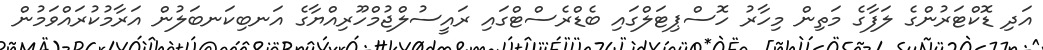
އަދި ޑޮކްޓަރުންގެ ލަފާގެ މަތިން މިހާރު ހޮސްޕިޓަލްގައި ބެޑްރެސްޓްގައި ރައީސުލްޖުމްހޫރިއްޔާގެ އަނބިކަނބަލުން އަރާމުކުރައްވަމުން